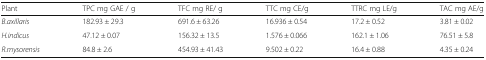
| Plant | TPC mg GAE / g | TFC mg RE/ g | TTC mg CE/g | TTRC mg LE/g | TAC mg AE/g |
 | --- | --- | --- | --- | --- | --- |
 | B.axillaris | 182.93 ± 29.3 | 691.6 ± 63.26 | 16.936 ± 0.54 | 17.2 ± 0.52 | 3.81 ± 0.02 |
 | H.indicus | 47.12 ± 0.07 | 156.32 ± 13.5 | 1.576 ± 0.066 | 162.1 ± 1.06 | 76.51 ± 5.8 |
 | R.mysorensis | 84.8 ± 2.6 | 454.93 ± 41.43 | 9.502 ± 0.22 | 16.4 ± 0.88 | 4.35 ± 0.24 |